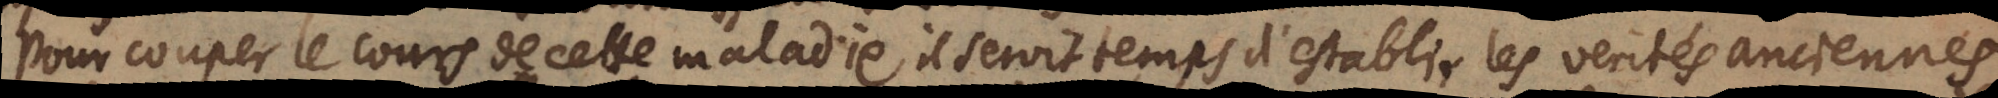
Pour couper le cours de cette maladie il seroit temps d’establir les verités anciennes